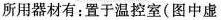
所用器材有：置于温控室(图中虚